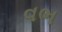
વભ